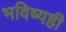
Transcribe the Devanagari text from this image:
भविष्यही